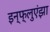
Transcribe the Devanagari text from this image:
इन्‍फ्लुएंझा